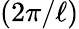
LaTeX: (2\pi/\ell)